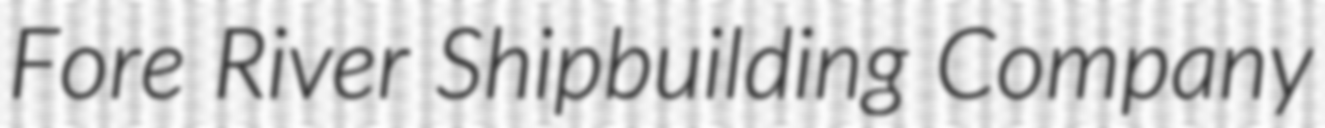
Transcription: Fore River Shipbuilding Company